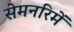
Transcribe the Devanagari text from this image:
सेमनरिमें